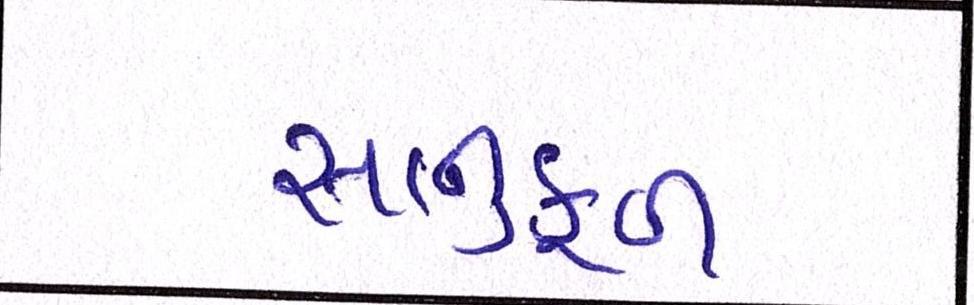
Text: સાનુકૂળ